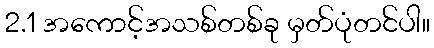
2.1 အကောင့်အသစ်တစ်ခု မှတ်ပုံတင်ပါ။